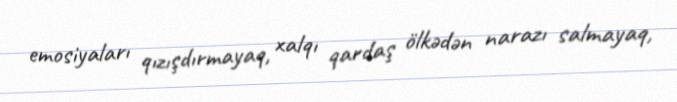
emosiyaları qızışdırmayaq, xalqı qardaş ölkədən narazı salmayaq,